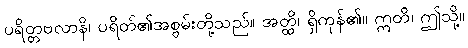
ပရိတ္တဗလာနိ၊ ပရိတ်၏အစွမ်းတို့သည်။ အတ္ထိ၊ ရှိကုန်၏။ ဣတိ၊ ဤသို့။